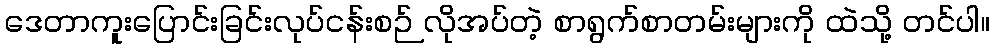
ဒေတာကူးပြောင်းခြင်းလုပ်ငန်းစဉ် လိုအပ်တဲ့ စာရွက်စာတမ်းများကို ထဲသို့ တင်ပါ။